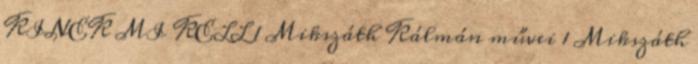
KINEK MI KELL 1 Mikszáth Kálmán művei 1 Mikszáth